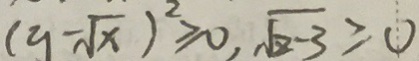
( y - \sqrt { x } ) ^ { 2 } \geq 0 , \sqrt { z - 3 } \geq 0